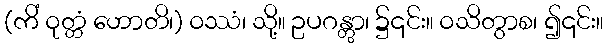
(ကိံ ဝုတ္တံ ဟောတိ၊) ဝဿံ၊ သို့။ ဥပဂန္တွာ၊ ၌၎င်း။ ဝသိတွာစ၊ ၍၎င်း။